Lunatic asylums Punjab 1881-1894 - 1881-1894
Year: 1881
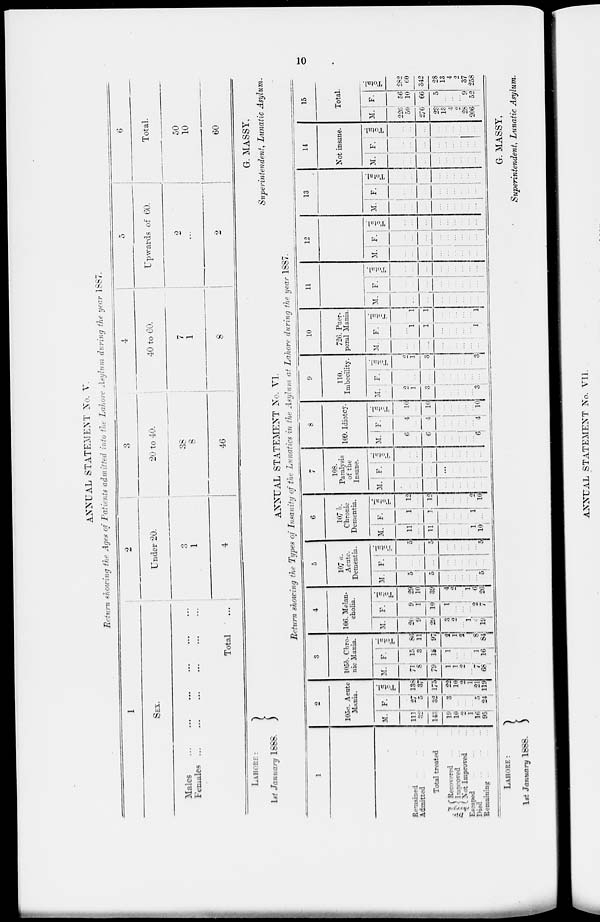
10
ANNUAL STATEMENT No. V.
Return showing the Ages of Patients admitted into the Lahore Asylum during the year 1887.
1
SEX.
Males
...
...
...
Females
...
...
...
Total ...
2
Under 20.
3
1
4
3
20 to 40.
38
8
46
4
40 to 60.
7
1
8
5
Upwards of 60.
2
...
2
6
Total.
50
10
60
LAHORE :
1st January 1888.
G. MASSY,
Superintendent, Lunatic Asylum.
ANNUAL STATEMENT No. VI.
Return showing the Types of Insanity of the Lunatics in the Asylum at Lahore during the year 1887.
1
Remained ... ... ...
Admitted
...
...
...
Total treated ...
Dis-
charged
Recovered
...
...
Improved
...
...
Not Improved ...
Escaped ... ... ...
Died
...
...
...
Remaining
...
...
...
2
105a. Acute
Mania.
M.
111
32
143
19
10
2
1
16
95
F.
27
5
32
3
...
...
...
5
24
Total.
138
37
175
22
10
2
1
21
119
3
105b. Chro-
nic Mania.
M.
71
8
79
1
1
2
...
7
68
F.
15
3
18
1
...
...
...
1
16
Total.
86
11
97
2
1
2
...
8
84
4
106. Melan-
cholia.
M.
20
9
29
3
2
...
1
4
19
F.
9
1
10
1
...
...
...
2
7
Total.
29
10
39
4
2
...
1
6
26
5
107 a.
Acute.
Dementia.
M.
5
...
5
...
...
...
...
...
5
F.
...
...
...
...
...
...
...
...
...
Total.
5
...
5
...
...
...
...
...
5
6
107 b.
Chronic
Dementia.
M.
11
...
11
...
...
...
...
1
10
F.
1
...
1
...
...
...
...
1
...
Total.
12
...
12
...
...
...
...
2
10
7
108.
Paralysis
of the
Insane.
M.
...
...
...
...
...
...
...
...
...
F.
...
...
...
...
...
...
...
...
...
Total.
...
...
...
...
...
...
...
...
...
8
109. Idiotcy.
M.
6
...
6
...
...
...
...
...
6
F.
4 ...
4
...
...
...
...
...
4
Total.
10
...
10
...
...
...
...
...
10
9
110.
Imbecility.
M.
2
1
3
...
...
...
...
...
3
F.
...
...
...
...
...
...
...
...
...
Total.
2
1
3
...
...
...
...
...
3
10
726. Puer-
peral Mania.
M.
...
...
....
...
...
...
...
...
...
F.
...
1
1
...
...
...
...
...
1
Total.
...
1
1
...
...
...
...
...
1
11
M.
...
...
...
...
...
...
...
...
...
F.
...
...
...
...
...
...
...
...
...
Total.
...
...
...
...
...
...
...
...
...
12
M.
...
...
...
...
...
...
...
...
...
F.
...
...
...
...
...
...
...
...
...
Total.
...
...
...
...
...
...
...
...
...
13
M.
...
...
...
...
...
...
...
...
...
F.
...
...
...
...
...
...
...
...
Total.
...
...
...
...
...
...
...
...
...
14
Not insane.
M.
...
...
...
...
...
...
...
...
...
F.
...
...
...
...
...
...
...
...
...
Total.
...
...
...
...
...
...
...
...
...
15
Total.
M.
226
50
276
23
13
4
2
28
206
F.
56
10
66
5
...
...
...
9
52
Total.
282
60
342
28
13
4
2
37
258
LAHORE
:
1st January
1888.
G. MASSY,
Superintendent, Lunatic Asylum.